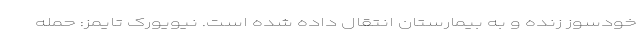
خودسوز زنده و به بیمارستان انتقال داده شده است. نیویورک تایمز: حمله